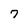
Character: 7